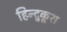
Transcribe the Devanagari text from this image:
हिन्दुकूश